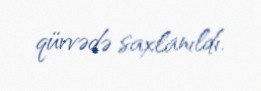
qüvvədə saxlanıldı.